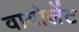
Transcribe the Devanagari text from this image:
वायोलेंट